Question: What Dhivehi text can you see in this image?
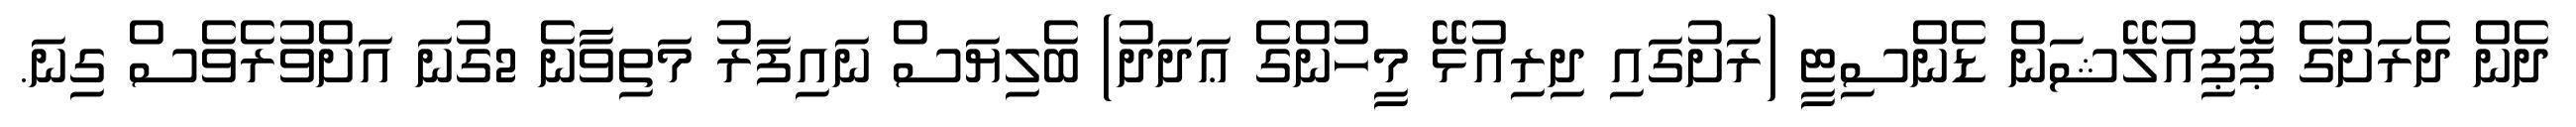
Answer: ދެން ދެރަށުގެ ޕޮޕިއުލޭޝަން ޑެންސިޓީ (ރަށުގައި ދިރިއުޅޭ މީހުންގެ ޢަދަދު) ބެލިޔަސް ނައިފަރު މަތިވާނެ 2ގުނަ އަށްވުރެވެސް ގިނަ.